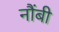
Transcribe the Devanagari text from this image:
नौंबी